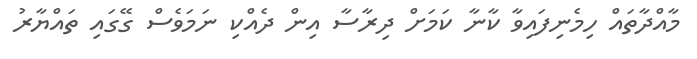
މާއްދާތައް ހިމެނިފައިވާ ކާނާ ކަމަށް ދިރާސާ އިން ދެއްކި ނަމަވެސް ގޭގައި ތައްޔާރު